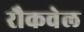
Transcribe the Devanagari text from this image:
रौकवेल